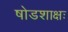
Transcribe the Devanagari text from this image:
षोडशाक्षः